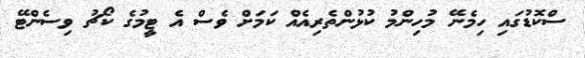
ސްކޮޑުގައި ހިމެނޭ މުހިންމު ކުޅުންތެރިއެއް ކަމަށް ވެސް އެ ޓީމުގެ ކޯޗު ވިސެންޓޭ